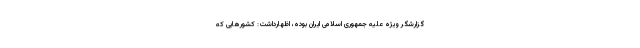
گزارشگر ویژه علیه جمهوری اسلامی ایران بوده، اظهارداشت: کشورهایی که